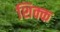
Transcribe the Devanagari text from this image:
शिक्क